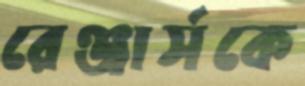
রেঞ্জার্সকে